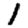
Digit: 1